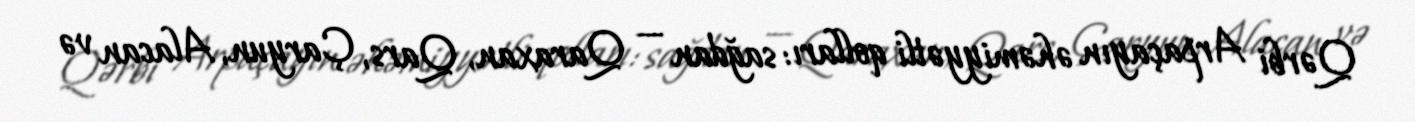
Qərbi Arpaçayın əhəmiyyətli qolları: sağdan — Qaraxan, Qars, Çaryun, Alacan və